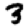
Digit: 3